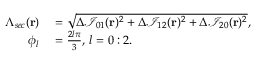
\begin{array} { r l } { \Lambda _ { s e c } ( \mathbf { r } ) } & { { } = \sqrt { \Delta \mathcal { I } _ { 0 1 } ( \mathbf { r } ) ^ { 2 } + \Delta \mathcal { I } _ { 1 2 } ( \mathbf { r } ) ^ { 2 } + \Delta \mathcal { I } _ { 2 0 } ( \mathbf { r } ) ^ { 2 } } , } \\ { \phi _ { l } } & { { } = \frac { 2 l \pi } { 3 } , \, l = 0 : 2 . } \end{array}